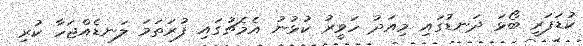
ކުޑަފަރީ ބޯޅަ ދަނޑުގައި މިއަދު ހަވީރު ކުޅުނު އެމެޗުގައި ފުރަތަމަ ލަނޑެއްޖަހާ ކުރި